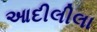
આદીલીલા